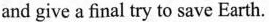
and give a final try to save Earth.